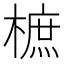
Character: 樜